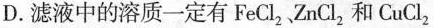
D.滤液中的溶质一定有FeCl_{2},ZnCl_{2}和CuCl_{2}